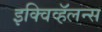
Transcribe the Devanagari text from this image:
इक्विव्हॅलन्स